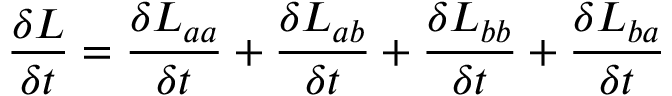
\frac { \delta L } { \delta t } = \frac { \delta L _ { a a } } { \delta t } + \frac { \delta L _ { a b } } { \delta t } + \frac { \delta L _ { b b } } { \delta t } + \frac { \delta L _ { b a } } { \delta t }